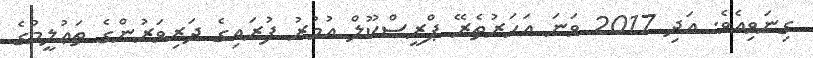
ގިނަވިއެވެ. އަދި 2017 ވަނަ އަހަރުތެރޭ ޕްރީސްކޫލް އުމުރު ފުރައިގެ ދަރިވަރުންގެ ތަޢުލީމުގެ